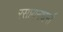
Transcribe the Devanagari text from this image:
रसायनधर्मा